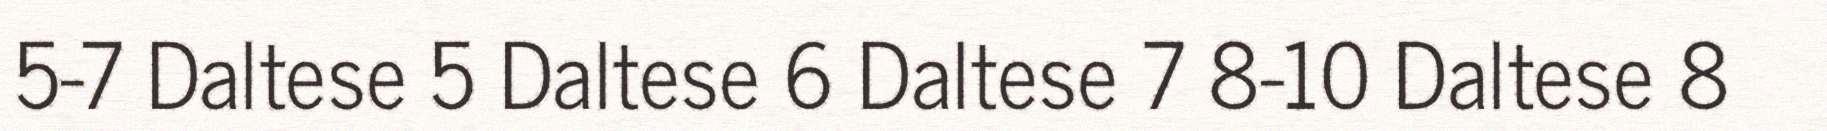
5-7 Daltese 5 Daltese 6 Daltese 7 8-10 Daltese 8